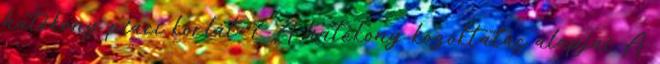
hatékony piaci korlát. 7 A hatékony közoktatás alapjai A